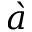
\grave { a }